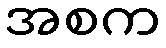
အစက